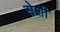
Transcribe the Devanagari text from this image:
सेशी